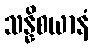
သန္နိစယာနံ